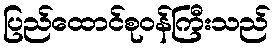
ပြည်ထောင်စုဝန်ကြီးသည်